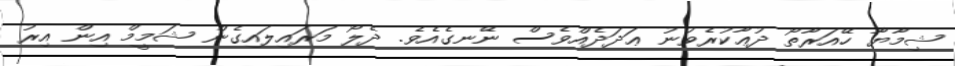
ޝިމާޔާ ހޭއަރާތޯ ދުޢާކުރެވުނު ޢަދަދެއްވެސް ނޭނގެއެވެ. ދެލޯ މަރައިލައިގެން ޝަމީމް އިން އިރު